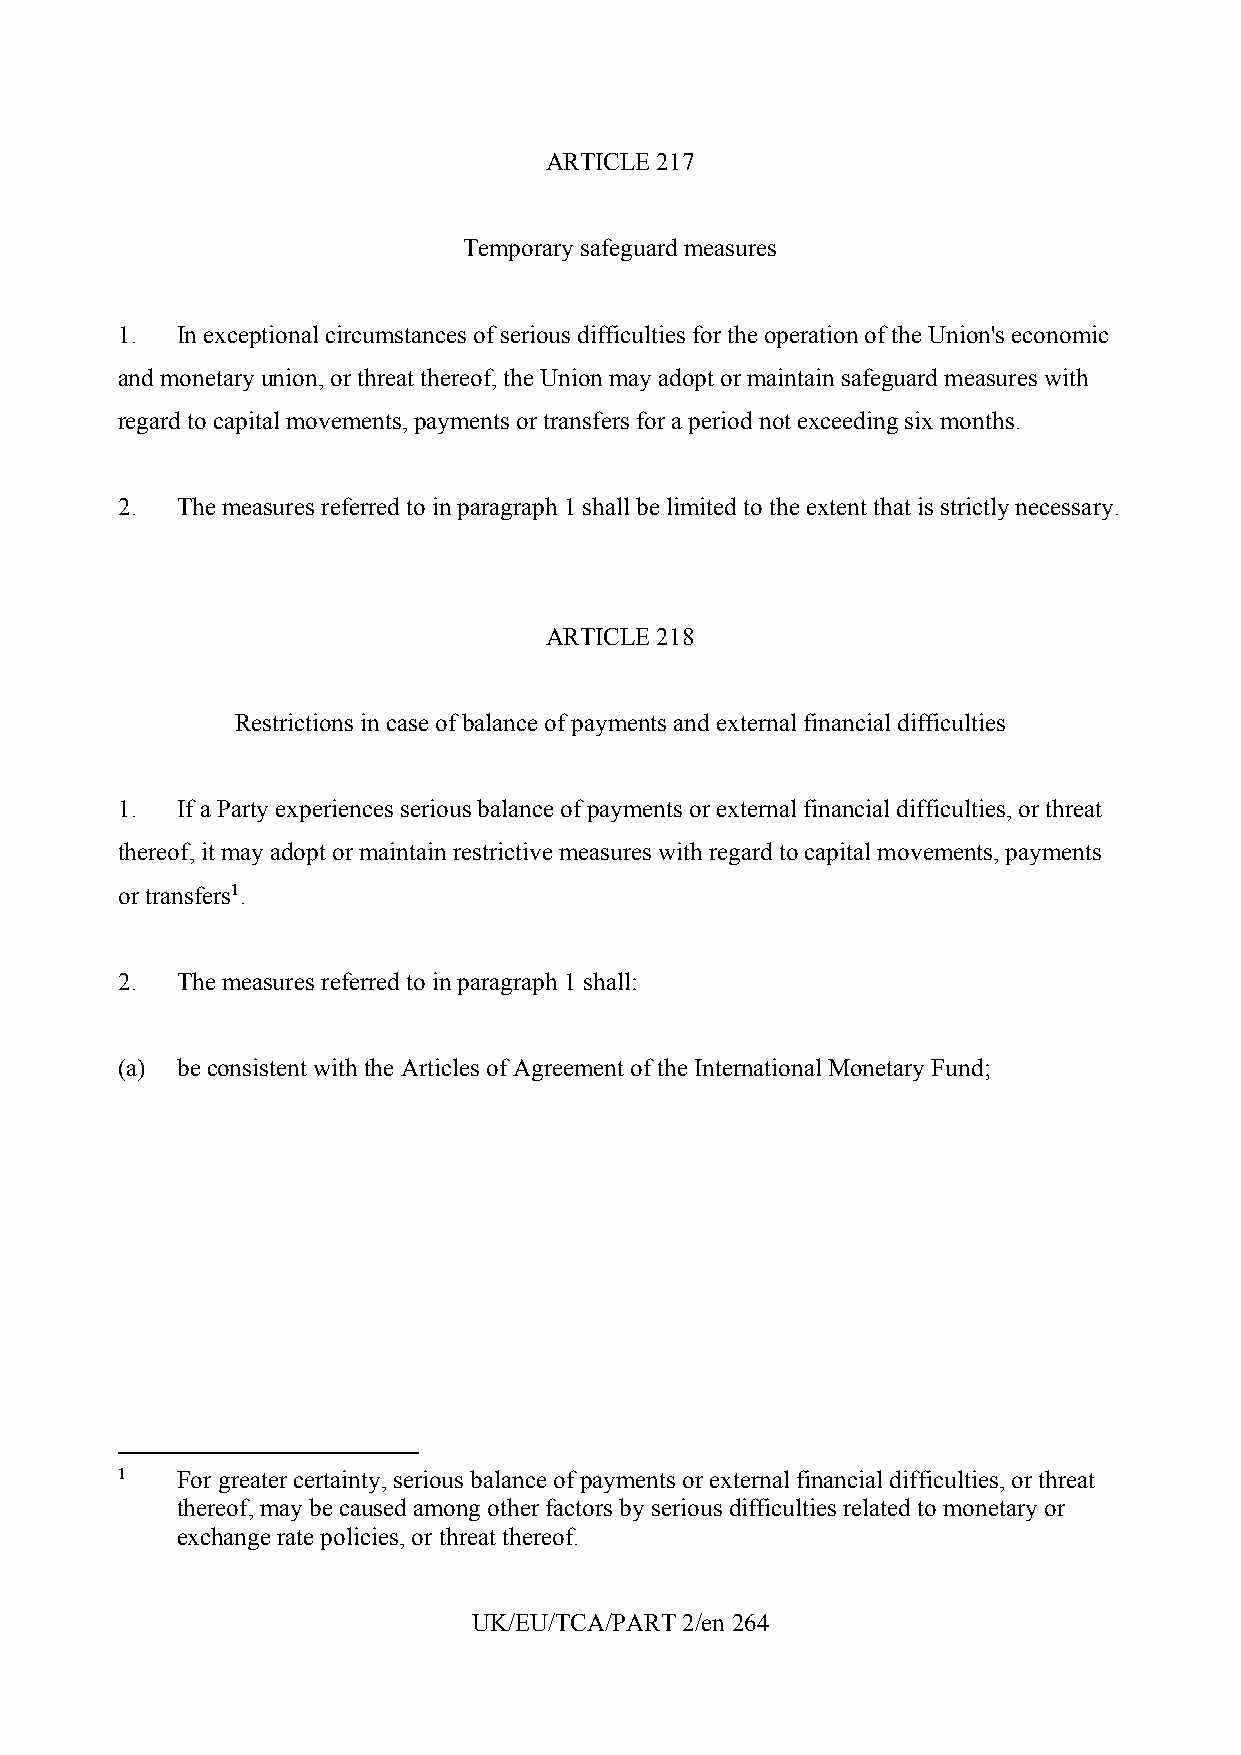
ARTICLE 217
 Temporary safeguard measures
 1.  In exceptional circumstances of serious difficulties for the operation of the Union's economic
 and monetary union, or threat thereof, the Union may adopt or maintain safeguard measures with
 regard to capital movements, payments or transfers for a period not exceeding six months.
 2.  The measures referred to in paragraph 1 shall be limited to the extent that is strictly necessary.
 ARTICLE 218
 Restrictions in case of balance of payments and external financial difficulties
 1.  If a Party experiences serious balance of payments or external financial difficulties, or threat
 thereof, it may adopt or maintain restrictive measures with regard to capital movements, payments
 or transfers1.
 2.  The measures referred to in paragraph 1 shall:
 (a) be consistent with the Articles of Agreement of the International Monetary Fund;
 1   For greater certainty, serious balance of payments or external financial difficulties, or threat
 thereof, may be caused among other factors by serious difficulties related to monetary or
 exchange rate policies, or threat thereof.
 UK/EU/TCA/PART 2/en 264